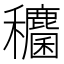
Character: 𮃶